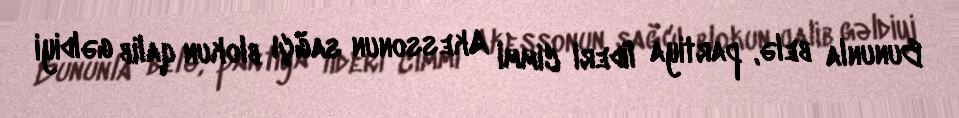
Bununla belə, partiya lideri Cimmi Akessonun sağçı blokun qalib gəldiyi